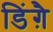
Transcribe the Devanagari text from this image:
डिंग़ै